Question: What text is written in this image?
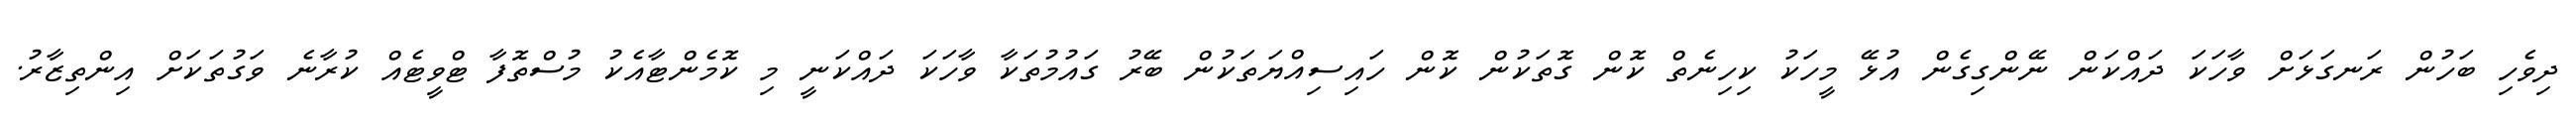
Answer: ދިވެހި ބަހުން ރަނގަޅަށް ވާހަކަ ދައްކަން ނޭންގިގެން އުޅޭ މީހަކު ކިހިނެތް ކޮން ގޮތަކުން ކޮން ހައިސިއްޔަތަކުން ބޭރު ގައުމުތަކާ ވާހަކަ ދައްކަނީ މި ކޮމެންޓާއެކު މުސްތޮފާ ޓްވީޓެއް ކުރާނެ ވަގުތަކަށް އިންތިޒާރު.